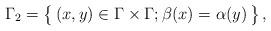
LaTeX: \begin{align*}\Gamma_2=\bigl\{\,(x,y)\in\Gamma\times\Gamma;\beta(x)=\alpha(y)\,\bigr\}\,,\end{align*}